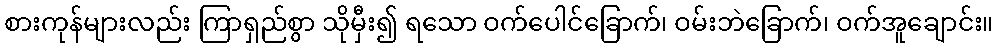
စားကုန်များလည်း ကြာရှည်စွာ သိုမှီး၍ ရသော ဝက်ပေါင်ခြောက်၊ ဝမ်းဘဲခြောက်၊ ဝက်အူချောင်း။